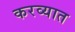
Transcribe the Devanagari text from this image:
करव्यात